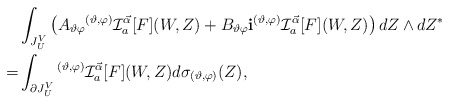
\begin{align*} & \int_{J_U^V} \left(A_{\vartheta \varphi } {}^{(\vartheta,\varphi)} \mathcal I_{a}^{\vec{\alpha}} [F](W,Z) + B_{\vartheta \varphi } {\bf i} {}^{(\vartheta,\varphi)} \mathcal I_{a}^{\vec{\alpha}} [F](W,Z) \right) dZ \wedge dZ^{*} \\ = &\int_{\partial J_U^V}{}^{(\vartheta,\varphi)} \mathcal I_{a}^{\vec{\alpha}} [F](W,Z) d\sigma_{(\vartheta ,\varphi )}(Z) ,\end{align*}